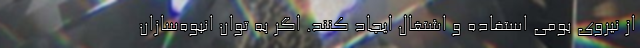
از نیروی بومی استفاده و اشتغال ایجاد کنند. اگر به توان انبوه‌سازان